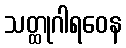
သတ္ထုဂါရဝေန